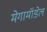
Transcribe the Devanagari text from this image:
मेगामॉडेल